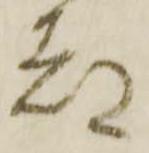
都